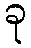
ခု